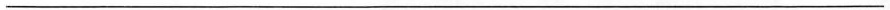
___